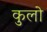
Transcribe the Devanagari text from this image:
कुलो